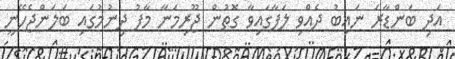
އަދި ބަންޑާރަ ނައިބު ދެއްވި ލަފާގައިވާ ގޮތުން ޖޫރިމަނާ މާފު ދިނުމުގައި ބަލަންޖެހޭނީ